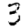
Digit: 3